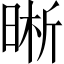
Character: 晰